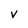
Character: V